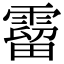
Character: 霤